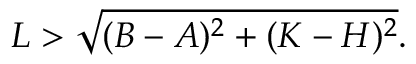
L > \sqrt { ( B - A ) ^ { 2 } + ( K - H ) ^ { 2 } } .